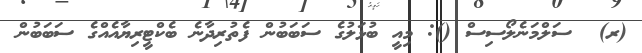
(ރ)  ސަލްމަނެލޯސިސް (): މިއީ ބުޅަލުގެ ސަބަބުން ފެތުރިދާނެ ބެކްޓީރިޔާއެއްގެ ސަބަބުން